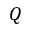
Q